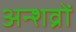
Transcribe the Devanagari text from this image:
अन्शव्रों